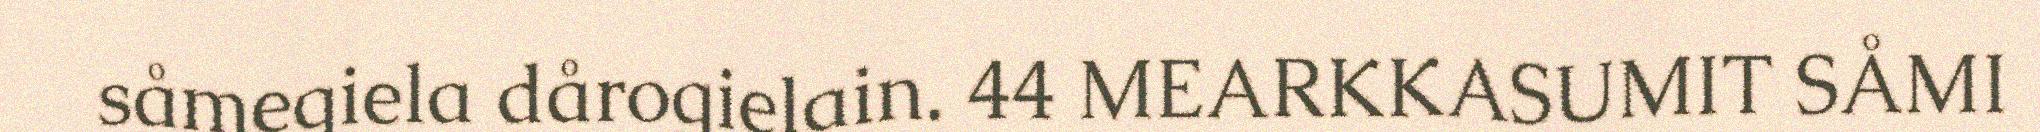
såmegiela dårogielain. 44 MEARKKASUMIT SÅMI